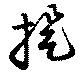
提